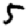
Digit: 5